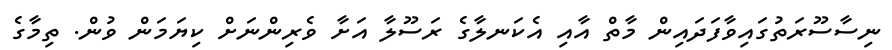
ނިސާސޫރަތުގައިވާފަދައިން މާތް އާއި އެކަނލާގެ ރަސޫލާ އަށާ ވެރިންނަށް ކިޔަމަން ވުން. ތިމާގެ